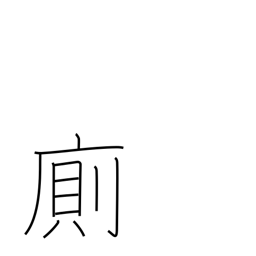
Meaning: mingle with